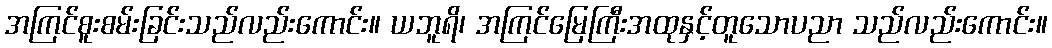
အကြင်စူးစမ်းခြင်းသည်လည်းကောင်း။ ယဘူရိ၊ အကြင်မြေကြီးအထုနှင့်တူသောပညာ သည်လည်းကောင်း။